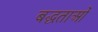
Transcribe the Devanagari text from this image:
बद्धताओं